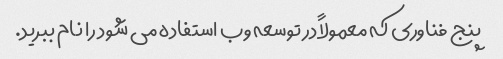
پنج فناوری که معمولاً در توسعه وب استفاده می شود را نام ببرید.